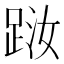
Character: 𨀾